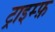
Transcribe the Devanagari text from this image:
ट्राइम्फ़